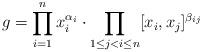
LaTeX: \begin{align*}g=\prod_{i=1}^n x_i^{\alpha_i} \cdot \prod_{1 \leq j < i\leq n} [x_i, x_j]^{\beta_{ij}} \end{align*}